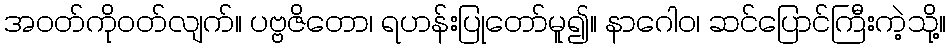
အဝတ်ကိုဝတ်လျက်။ ပဗ္ဗဇိတော၊ ရဟန်းပြုတော်မူ၍။ နာဂေါဝ၊ ဆင်ပြောင်ကြီးကဲ့သို့။